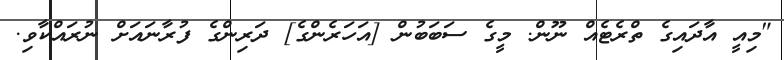
"މިއީ އާދައިގެ ތްރެޓެއް ނޫން. މީގެ ސަބަބުން [އަހަރެންގެ] ދަރިންގެ ފުރާނައަށް ނުރައްކާވި.